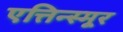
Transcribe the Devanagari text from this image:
एत्तिन्स्मूर